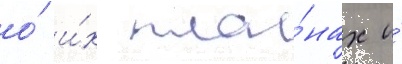
о́ и́х пла́нах и́